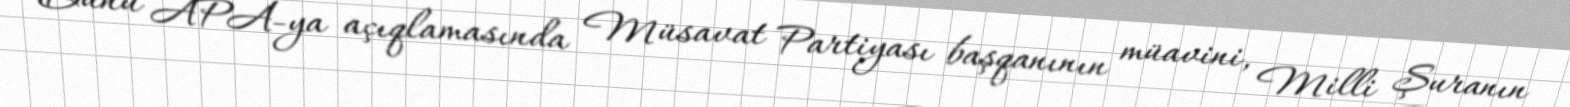
Bunu APA-ya açıqlamasında Müsavat Partiyası başqanının müavini, Milli Şuranın